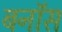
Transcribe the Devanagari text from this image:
बनॉस